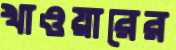
খাওয়ারের